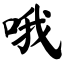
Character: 哦